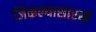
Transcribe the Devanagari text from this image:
जिंकल्यासारखे